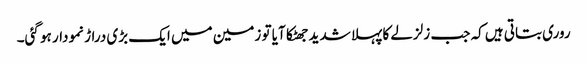
روری بتاتی ہیں کہ جب زلزلے کا پہلا شدید جھٹکا آیا تو زمین میں ایک بڑی دراڑ نمودار ہو گئی۔